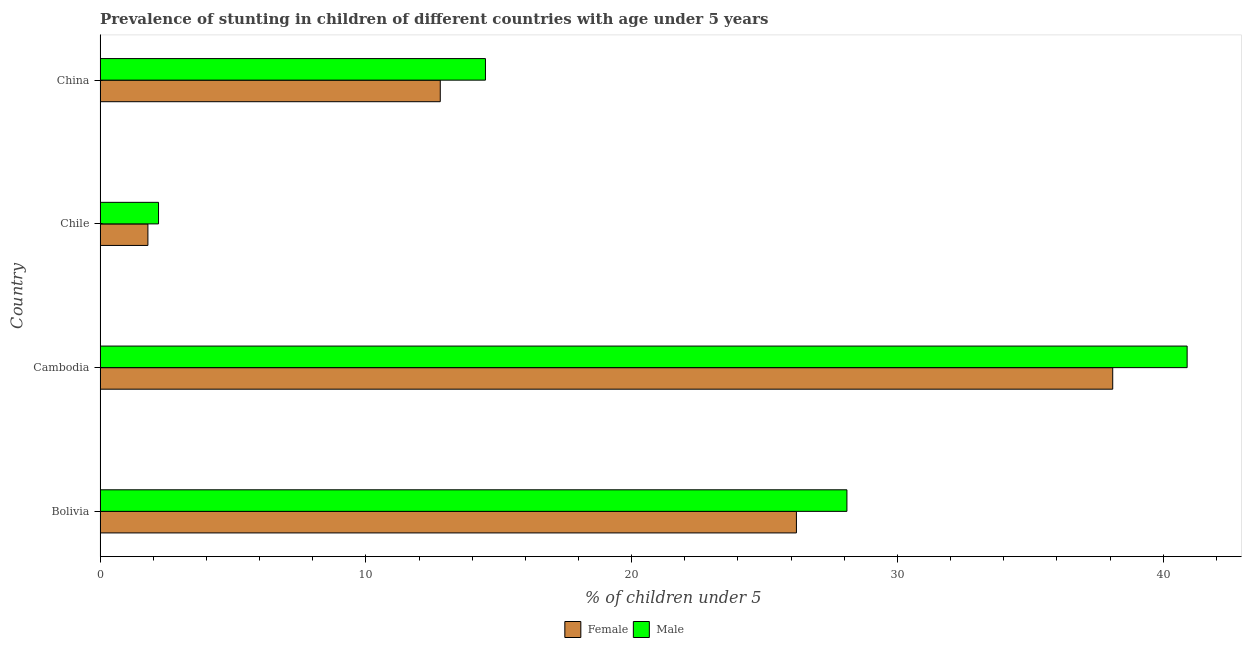
| Country | Female | Male |
 | --- | --- | --- |
 | Bolivia | 26.2 | 28.1 |
 | Cambodia | 38.1 | 40.9 |
 | Chile | 1.8 | 2.2 |
 | China | 12.8 | 14.5 |